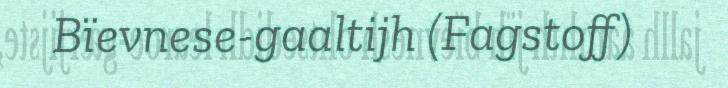
Bïevnese-gaaltijh (Fagstoff)